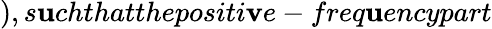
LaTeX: ),s\mathbf{u}chthatthepositi\mathbf{v}e-freq\mathbf{u}encypart